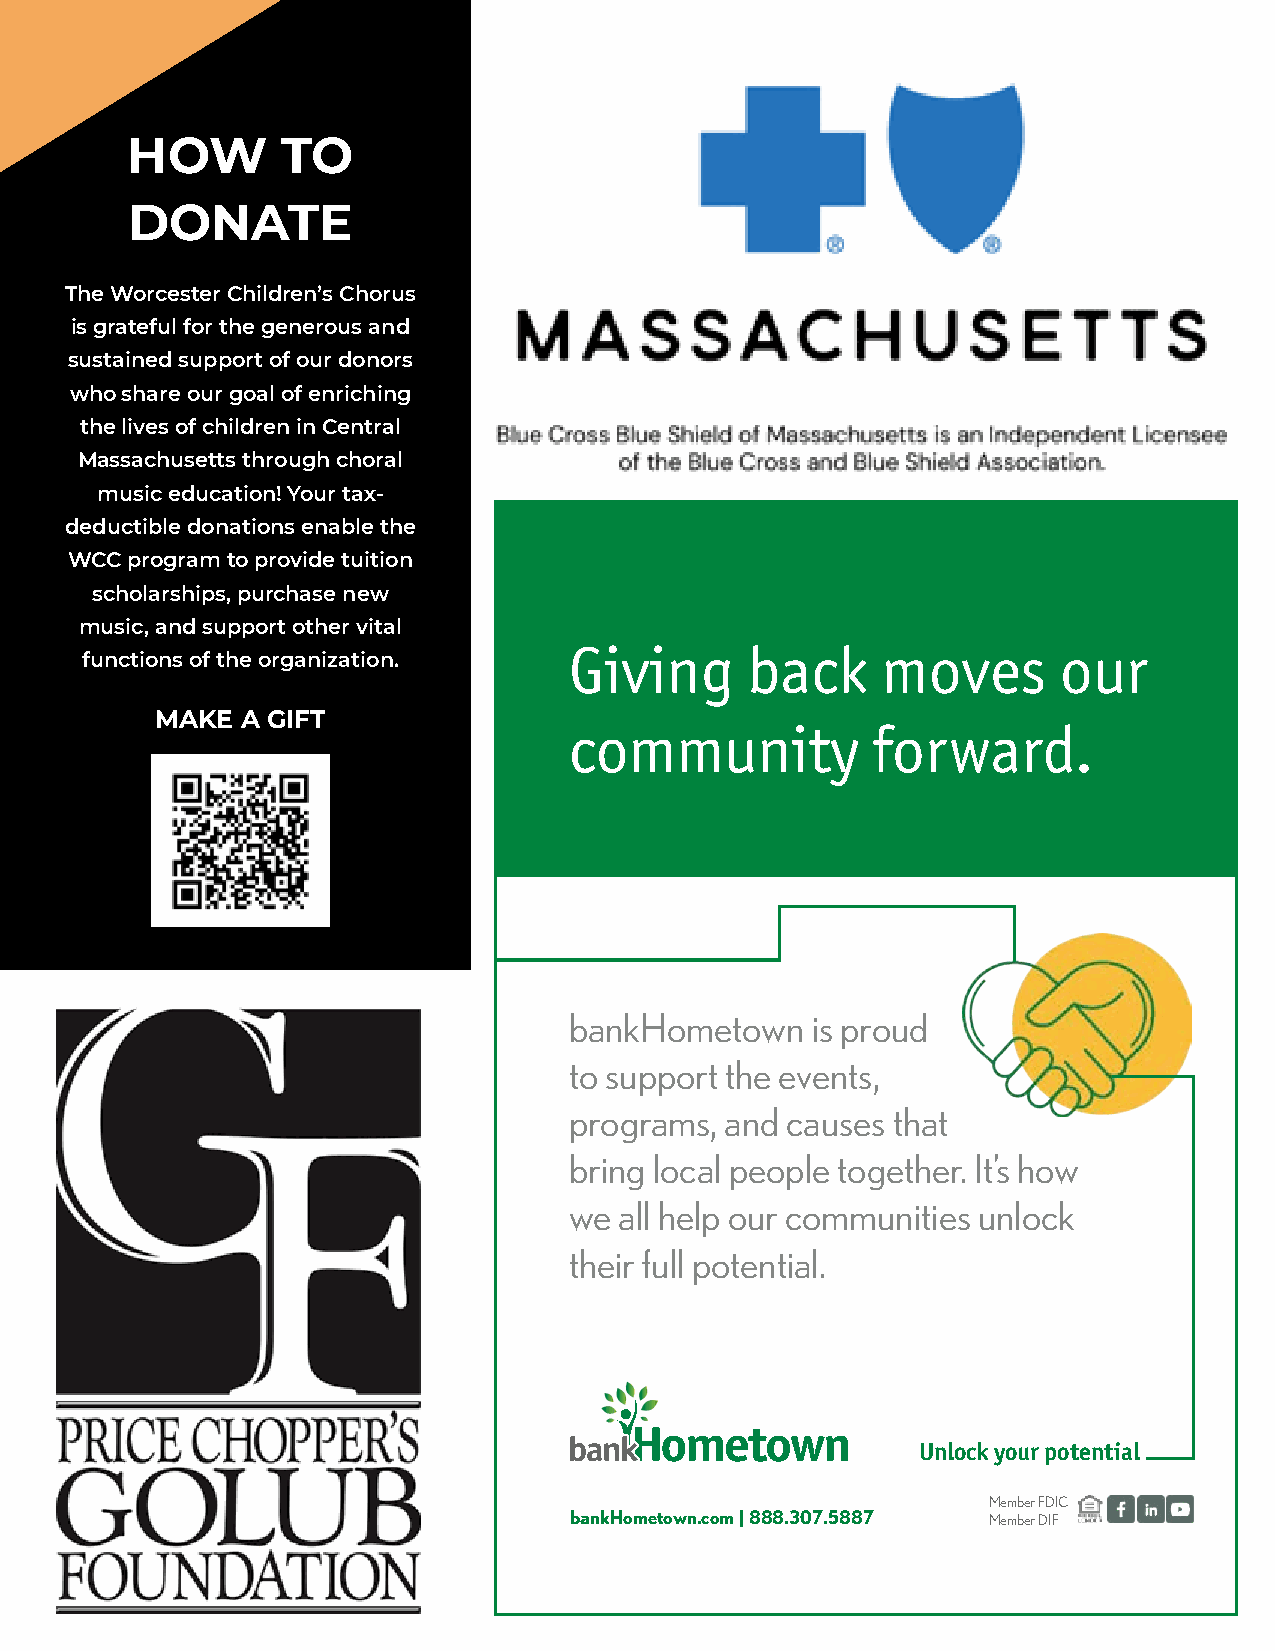
HOW        TO
 DONATE
 The Worcester Children’s Chorus
 is grateful for the generous and
 sustained support of our donors
 who share our goal of enriching
 the lives of children in Central
 Massachusetts through choral
 music education! Your tax-
 deductible donations enable the
 WCC program to provide tuition
 scholarships, purchase new
 music, and support other vital
 Giving     back     moves       our
 functions of the organization.
 MAKE  A GIFT
 community           forward.
 bankHometown    is proud
 to support the events,
 programs, and causes that
 bring local people together. It’s how
 we all help our communities unlock
 their full potential.
 Unlock your potential
 Member FDIC
 bankHometown.com | 888.307.5887 Member DIF